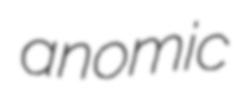
anomic